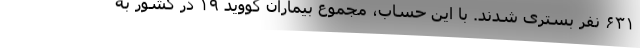
۶۳۱ نفر بستری شدند. با این حساب، مجموع بیماران کووید ۱۹ در کشور به